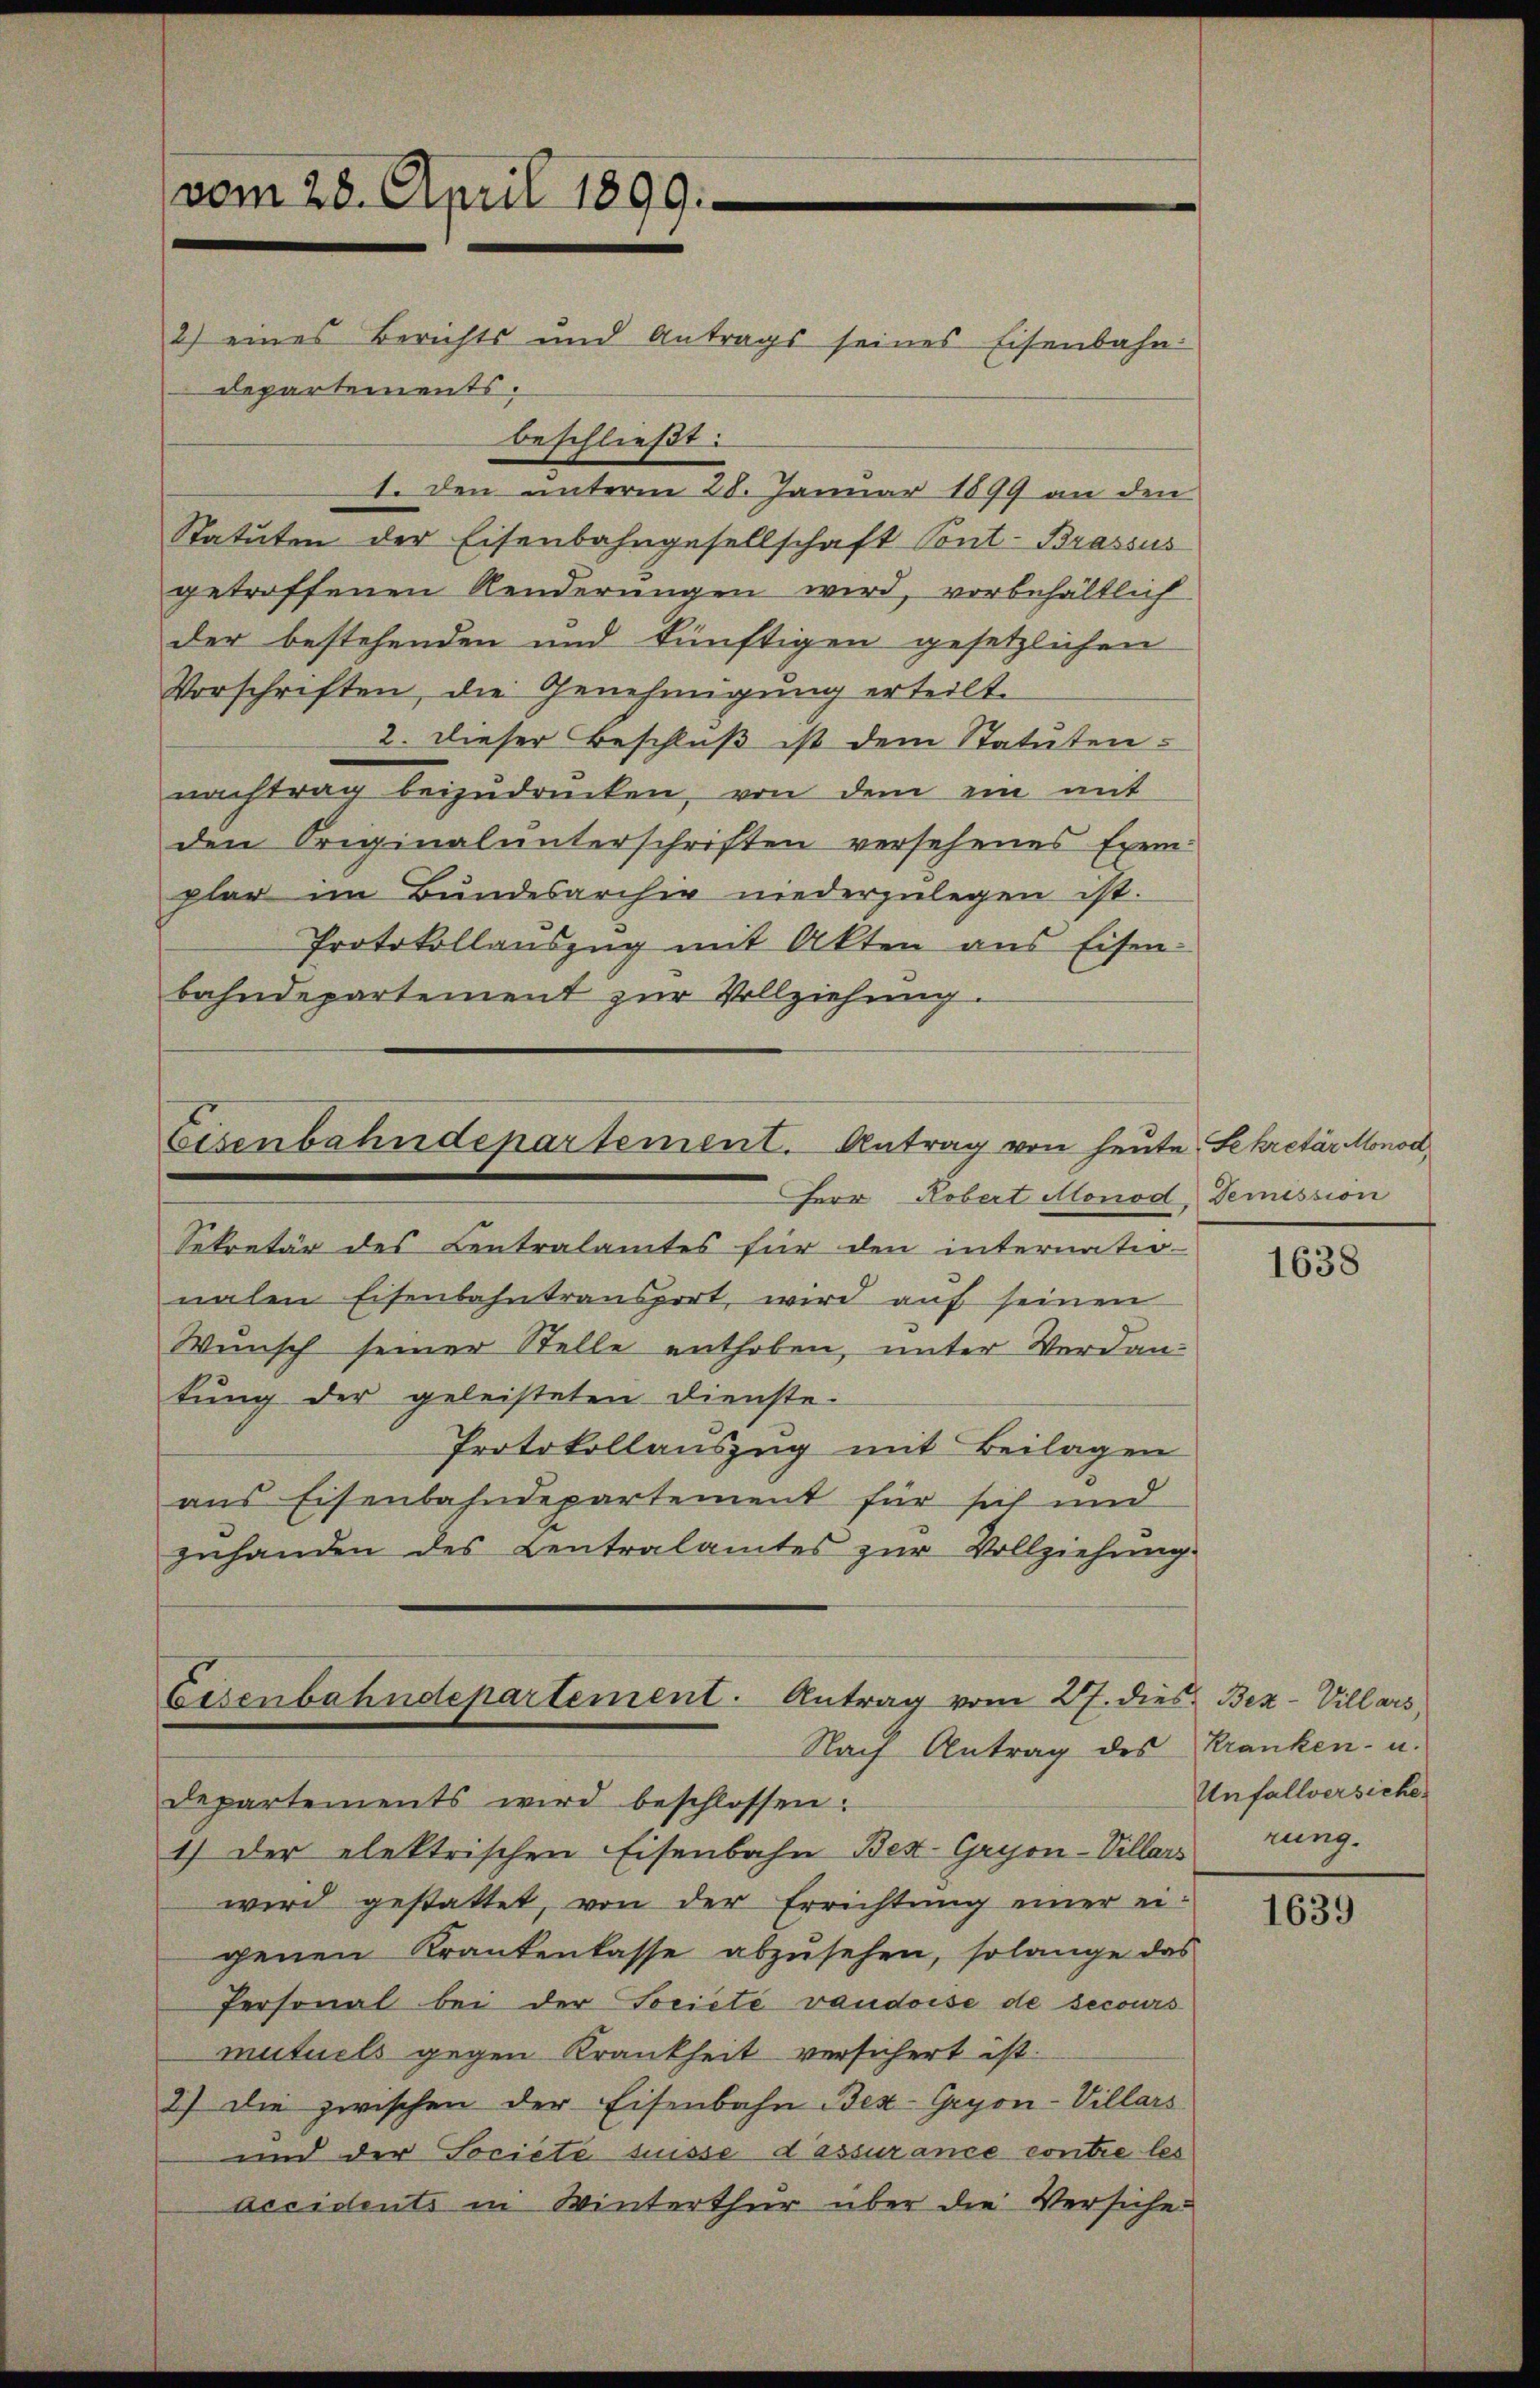
vom 28. April 1899.
2) eines Berichts und Antrags seines Eisenbahn

beschließt:

Departements.

1. den unterm 28. Januar 1899 an den
Statuten der Eisenbahngesellschaft Pont. Brassus
getroffenen Renderungen wird, vorbehältlich
der bestehenden und künftigen gesetzlichen
Vorschriften, die Genehmigung erteilt.
2. Dieser Beschluß ist dem Statutennachtrag beizudrücken, von dem ein mit
den Originalunterschriften versehenes Exemplar im Bŭndesarchiv niederzŭlegen ist.
Protokollauszug mit Akten aus Eisen-
bahndepartement zur Vollziehung.

Eisenbahndepartement. Antrag von heute Sekretär Monod,
Herr Robert Monod, Demission

Nach Antrag des Kranken- u.

Sekretär des Centralamtes für den internatio-
nalen Eisenbahntransport, wird aŭf seinen
Wŭnsch seiner Stelle enthoben, unter Verdan-
tung der geleisteten Dienste.
Protokollauszug mit Beilagen
aus Eisenbahndepartement für sich und
zuhanden des Centralamtes zur Vollziehung.
Eisenbahndepartement. Antrag vom 27. dies Bez-Villars,

Departements wird beschlossen:
1) der elektrischen Eisenbahn Bez. Gryon-Villars rung.
wird gestattet, von der Errichtung einer eigenen Krankenkasse abzusehen, solange das
Personal bei der Societe vaudoise de secours
mutuels gegen Krankheit versichert ist.
2) Die zwischen der Eisenbahn Bex-Gryon-Villars
und der Societe suisse d’assurance contre les
accidents in Winterthur über die Versiche

1638

Unfallversiche

1639